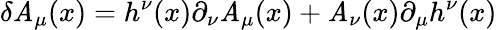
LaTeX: \delta\mathit{A}_{\mu}(x)=h^{\nu}(x)\partial_{\nu}\mathit{A}_{\mu}(x)+\mathit{A}_{\nu}(x)\partial_{\mu}h^{\nu}(x)